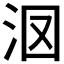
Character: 𣲷